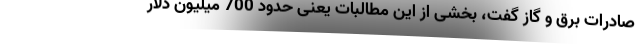
صادرات برق و گاز گفت، بخشی از این مطالبات یعنی حدود 700 میلیون دلار